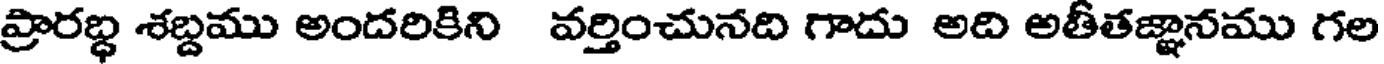
ప్రారబ్ధ శబ్దము అందరికిని వర్తించునది గాదు అది అతీతజ్ఞానము గల